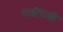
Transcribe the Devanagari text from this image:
राशीराशी